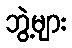
ဘွဲ့များ